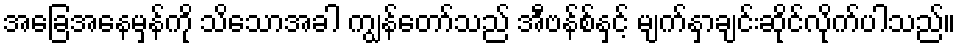
အခြေအနေမှန်ကို သိသောအခါ ကျွန်တော်သည် အီဗန်စ်နှင့် မျက်နှာချင်းဆိုင်လိုက်ပါသည်။